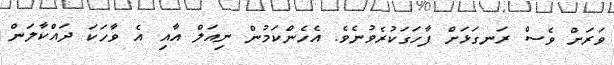
ވަރަށް ވެސް ރަނގަޅަށް ފާހަގަކުރެވުނެވެ. އެހެންކަމުން ނިއަލް އާއި އެ ވާހަކަ ދައްކާލަން